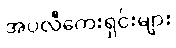
အပလီကေးရှင်းများ